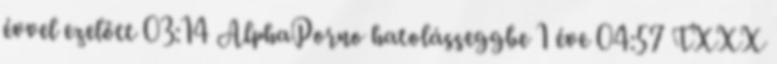
évvel ezelőtt 03:14 AlphaPorno hatolásseggbe 1 éve 04:57 TXXX